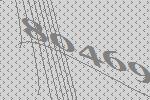
80469